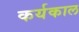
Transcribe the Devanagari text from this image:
कर्यकाल